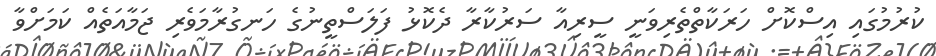
ކުރުމުގައި އިސްކޮށް ހަރަކާތްތެރިވަނީ ސީރިއާ ސަރުކާރާ ދެކޮޅު ފަލަސްތީނުގެ ހަނގުރާމަވެރި ޖަމާއަތެއް ކަމަށްވާ